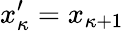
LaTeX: x_{\kappa}^{\prime}=x_{\kappa+1}